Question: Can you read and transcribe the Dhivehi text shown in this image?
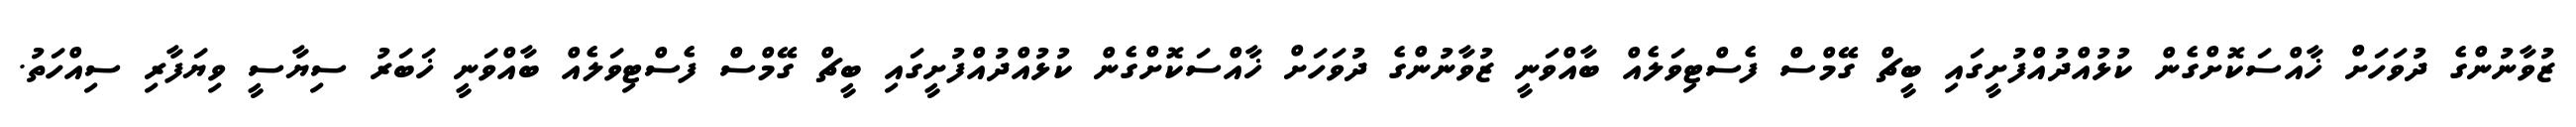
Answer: ޒުވާނުންގެ ދުވަހަށް ޚާއްސަކޮށްގެން ކުޅުއްދުއްފުށީގައި ބީޗް ގޭމްސް ފެސްޓިވަލެއް ބާއްވަނީ ޒުވާނުންގެ ދުވަހަށް ޚާއްސަކޮށްގެން ކުޅުއްދުއްފުށީގައި ބީޗް ގޭމްސް ފެސްޓިވަލެއް ބާއްވަނީ ޚަބަރު ސިޔާސީ ވިޔަފާރި ސިއްހަތު.